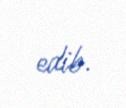
edib.